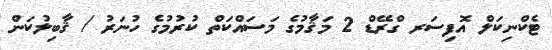
ޓެކްނިކަލް އޮފިސަރ ގްރޭޑް 2 މަޤާމުގެ މަސައްކަތް ކުރުމުގެ ހުނަރު / ޤާބިލުކަން